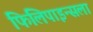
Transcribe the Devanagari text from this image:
फिलिपाइन्सला